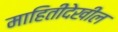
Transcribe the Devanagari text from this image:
माहितीदेखील